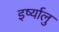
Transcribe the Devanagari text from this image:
इर्ष्यालु